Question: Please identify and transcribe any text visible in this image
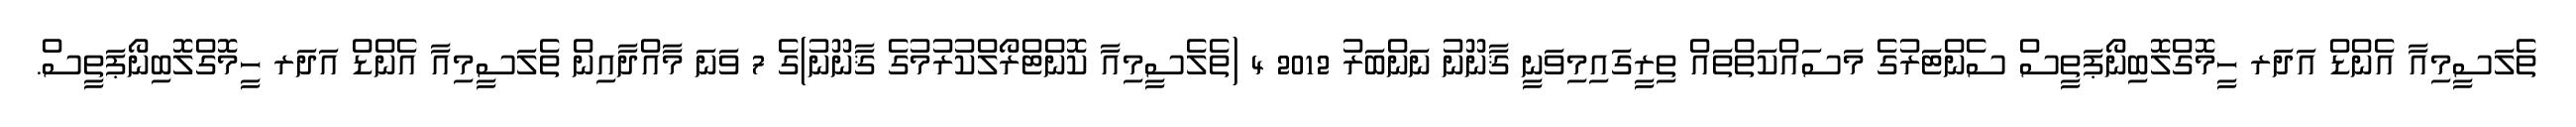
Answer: ތެލަސީމިއާ އެންޑް އަދަރ ހީމޮގްލޮބިނޯޕަތީސް ސެންޓަރުގެ މަސައްކަތްތައް ތިރީގައިމިވަނީ ޤާނޫނު ނަންބަރު 2012 4 (ތެލެސީމިއާ ކޮންޓްރޯލްކުރުމުގެ ޤާނޫނު)ގެ 7 ވަނަ މާއްދާއިން ތެލަސީމިއާ އެންޑް އަދަރ ހީމޮގްލޮބިނޯޕަތީސް.